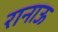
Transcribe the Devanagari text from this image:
रानाऊ